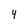
Character: 4